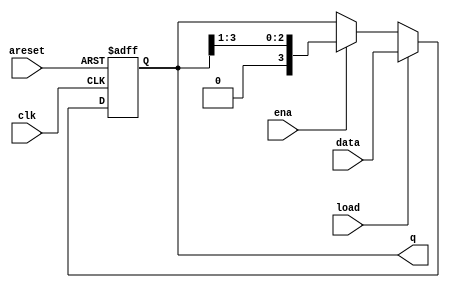
module top_module(
    input clk,
    input areset,  // async active-high reset to zero
    input load,
    input ena,
    input [3:0] data,
    output reg [3:0] q); 

    always@(posedge clk or posedge areset)
        if (areset)
            q<=0;
            else if(load)
                q<=data;
    else if(ena)
        q<=(q>>1);
    else
        q<=q;
    
endmodule


//module top_module(
//	input clk,
//	input areset,
//	input load,
//	input ena,
//	input [3:0] data,
//	output reg [3:0] q);
//	
//	// Asynchronous reset: Notice the sensitivity list.
//	// The shift register has four modes:
//	//   reset
//	//   load
//	//   enable shift
//	//   idle -- preserve q (i.e., DFFs)
//	always @(posedge clk, posedge areset) begin
//		if (areset)		// reset
//			q <= 0;
//		else if (load)	// load
//			q <= data;
//		else if (ena)	// shift is enabled
//			q <= q[3:1];	// Use vector part select to express a shift.
//	end
//	
//endmodule